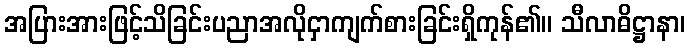
အပြားအားဖြင့်သိခြင်းပညာအလိုငှာကျက်စားခြင်းရှိကုန်၏။ သီလာဓိဋ္ဌာနာ၊